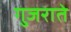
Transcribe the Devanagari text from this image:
गुजराते